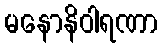
မနောနိဝါရဏာ